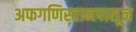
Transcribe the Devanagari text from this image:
अफगणिस्तानपासून